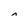
Character: n